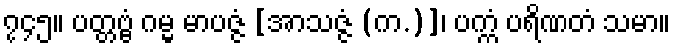
၇၄၅။ ပတ္တဗ္ဗံ ဂမ္မ မာပဇ္ဇံ [အာသဇ္ဇံ (က.)]၊ ပက္ကံ ပရိဏတံ သမာ။